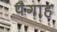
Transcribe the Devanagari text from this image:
पैगाह